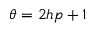
\theta = 2 h p + 1